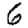
Digit: 6